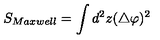
S _ { M a x w e l l } = \int d ^ { 2 } z ( \bigtriangleup \varphi ) ^ { 2 }